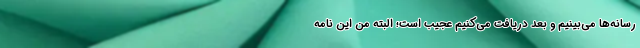
رسانه‌ها می‌بینیم و بعد دریافت می‌کنیم عجیب است؛ البته من این نامه